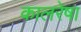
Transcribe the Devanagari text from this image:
कालरेषा